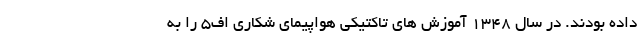
داده بودند. در سال 1348 آموزش هاي تاكتيكي هواپيماي شكاري اف5 را به